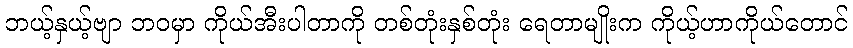
ဘယ့်နှယ့်ဗျာ ဘဝမှာ ကိုယ်အီးပါတာကို တစ်တုံးနှစ်တုံး ရေတာမျိုးက ကိုယ့်ဟာကိုယ်တောင်